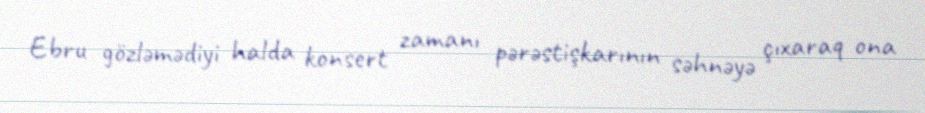
Ebru gözləmədiyi halda konsert zamanı pərəstişkarının səhnəyə çıxaraq ona